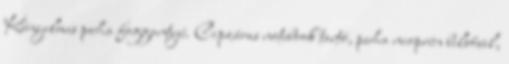
Kényelmes puha foggantyú. Cipzáras notebook tartó, puha neoprén belsővel,